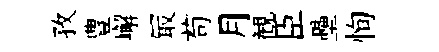
孜豊嶰冣苟月観臣壘恂